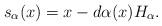
LaTeX: \begin{align*}s_\alpha(x) = x-d\alpha(x)H_\alpha.\end{align*}